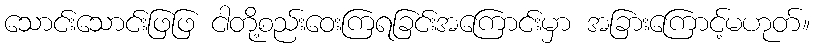
သောင်းသောင်းဖြဖြ ငါတို့စည်းဝေးကြရခြင်းအကြောင်းမှာ အခြားကြောင့်မဟုတ်။